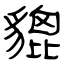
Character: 貔